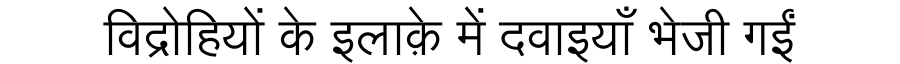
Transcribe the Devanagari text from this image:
विद्रोहियों के इलाक़े में दवाइयाँ भेजी गईं